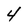
Character: 4